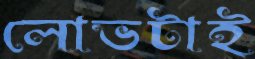
লোভটাই